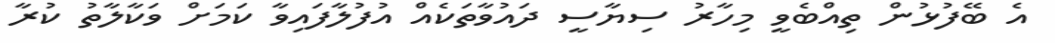
އެ ބޭފުޅުން ތިއްބެވީ މިހާރު ސިޔާސީ ދައުވާތަކެއް އުފުލާފައިވާ ކަމަށް ވަކާލާތު ކުރާ